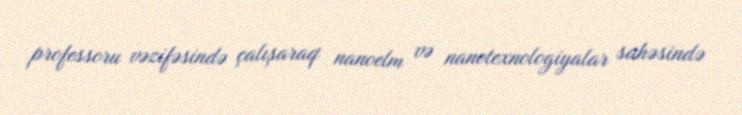
professoru vəzifəsində çalışaraq nanoelm və nanotexnologiyalar sahəsində